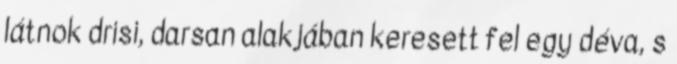
látnok drisi, darsan alakjában keresett fel egy déva, s